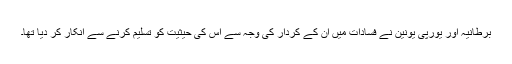
برطانیہ اور یورپی یونین نے فسادات میں ان کے کردار کی وجہ سے اس کی حیثیت کو تسلیم کرنے سے انکار کر دیا تھا۔